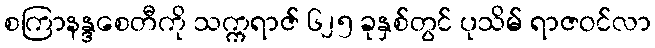
စကြာနန္ဒစေတီကို သက္ကရာဇ် ၆၂၅ ခုနှစ်တွင် ပုသိမ် ရာဇဝင်လာ